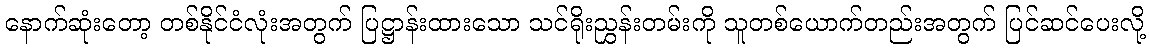
နောက်ဆုံးတော့ တစ်နိုင်ငံလုံးအတွက် ပြဋ္ဌာန်းထားသော သင်ရိုးညွှန်းတမ်းကို သူတစ်ယောက်တည်းအတွက် ပြင်ဆင်ပေးလို့